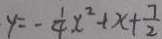
y = - \frac { 1 } { 4 } x ^ { 2 } + x + \frac { 7 } { 2 }